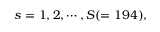
s = 1 , 2 , \cdots , S ( = 1 9 4 ) ,